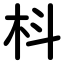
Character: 枓